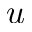
u